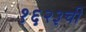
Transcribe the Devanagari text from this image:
१६२३ची